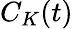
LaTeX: C_{K}(t)